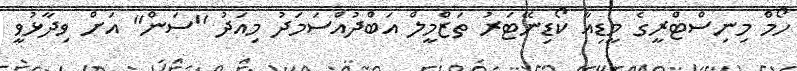
ހޯމް މިނިސްޓްރީގެ މީޑިއާ ކޯޑިނޭޓަރު ތަޒްމީލް އަބްދުއްސަމަދު މިއަދު "ސަން" އަށް ވިދާޅުވީ